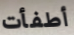
أطفأت